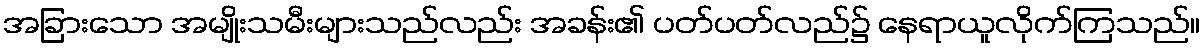
အခြားသော အမျိုးသမီးများသည်လည်း အခန်း၏ ပတ်ပတ်လည်၌ နေရာယူလိုက်ကြသည်။